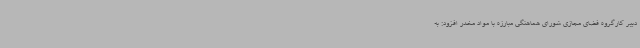
دبیر کارگروه فضای مجازی شورای هماهنگی مبارزه با مواد مخدر افزود: به